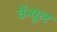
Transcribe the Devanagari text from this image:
वेंन्यूल